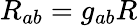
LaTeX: R_{ab}=g_{ab}R